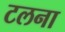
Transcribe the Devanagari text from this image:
टलना